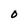
Character: 0